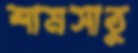
শামসাতু